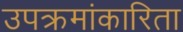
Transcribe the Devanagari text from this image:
उपक्रमांकारिता